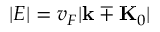
| E | = v _ { F } | \mathbf { k } \mp \mathbf { K } _ { 0 } |